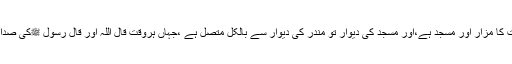
قریب ہی حضرت کا مزار اور مسجد ہے،اور مسجد کی دیوار تو مندر کی دیوار سے بالکل متصل ہے ،جہاں ہروقت قال اللہ اور قال رسول ﷺکی صدائیں بلند ہوتی ہیں۔